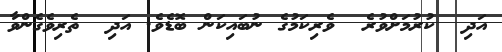
އަދި  ކުރުމަށްވުރެ  ވެރިކަމުގެ ނުބައިކަން ބޮޑެވެ. އަދި  ތެރިވެގެންވާ